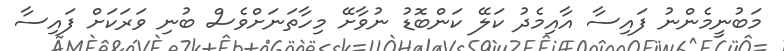
މަބުނީމެންނު ފައިސާ އާއިމެދު ކަލޭ ކަންބޮޑު ނުވާށޭ މިހާތަނަށްވެސް ބުނި ވަރަކަށް ފައިސާ